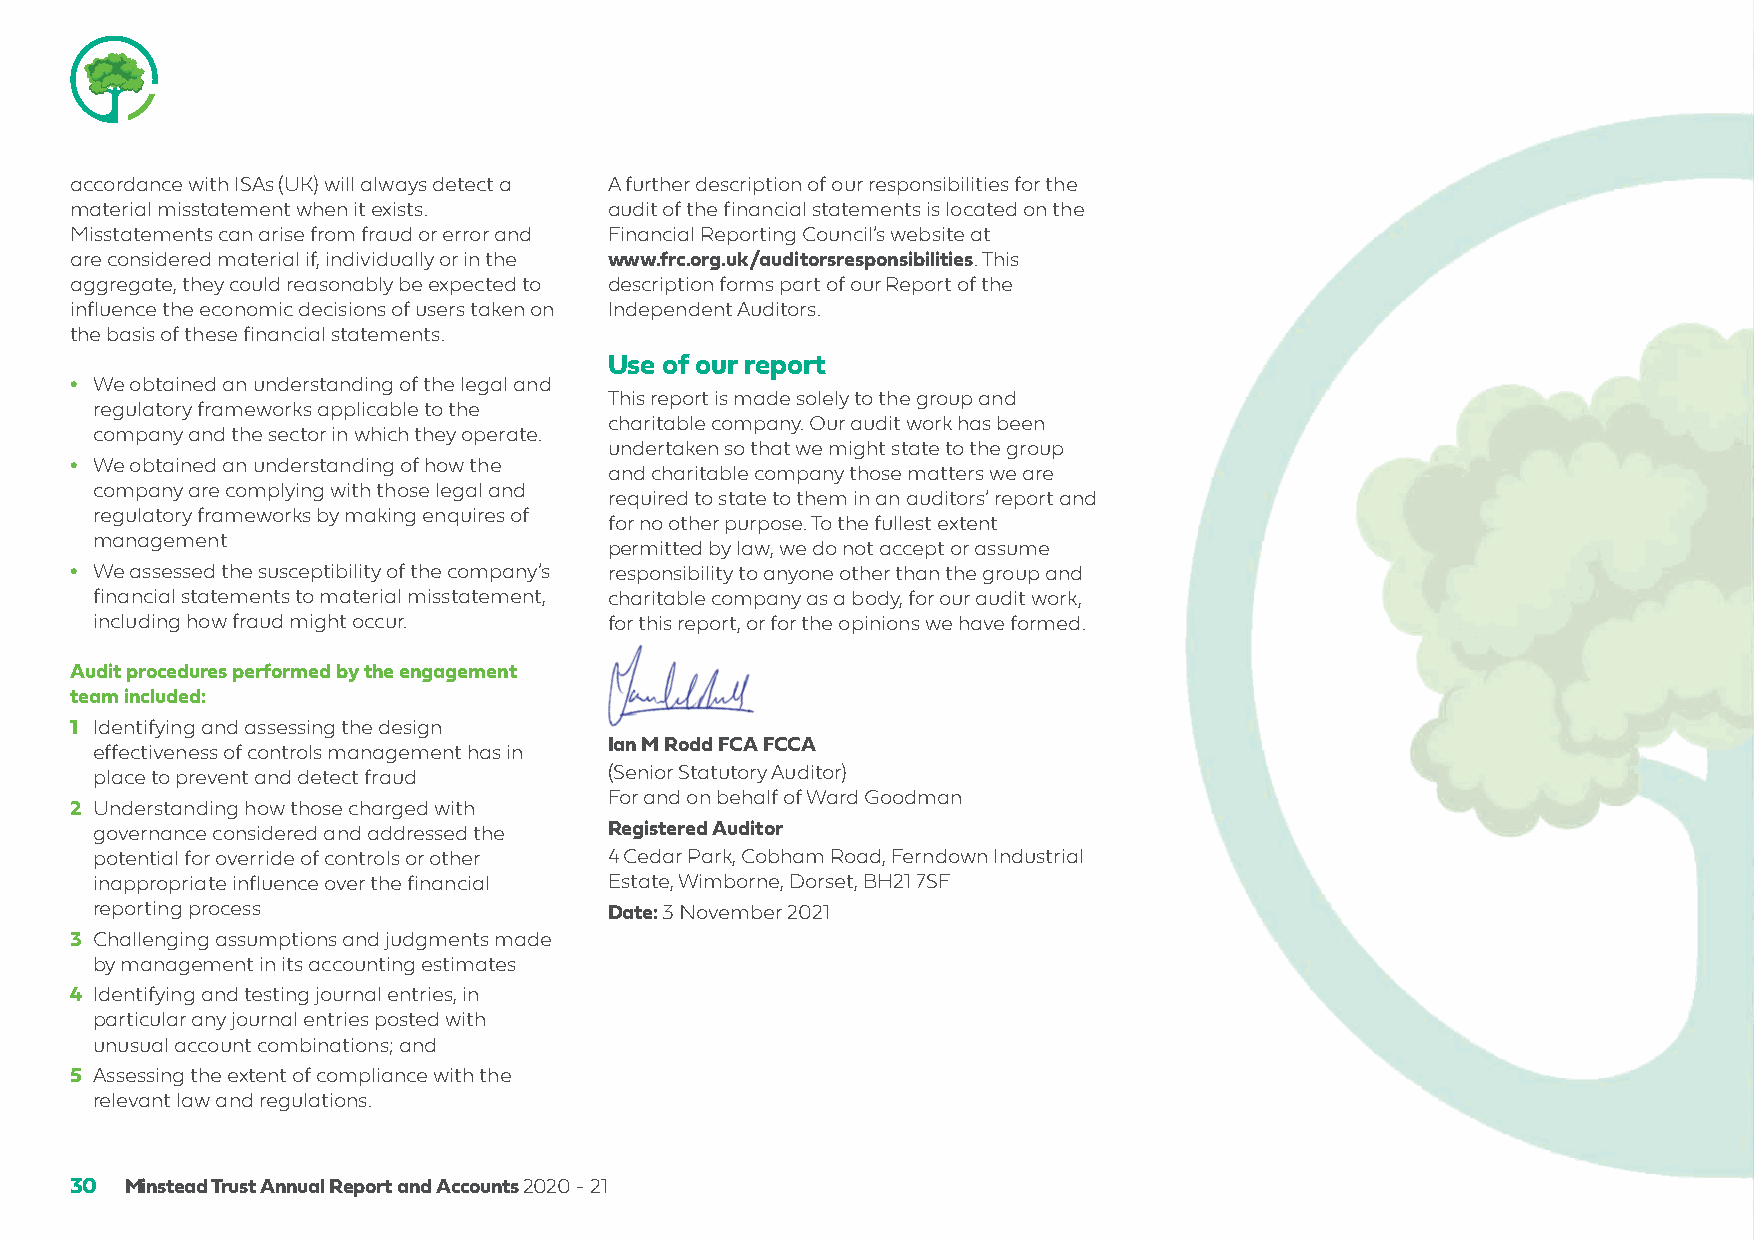
accordance with ISAs (UK) will always detect a A further description of our responsibilities for the
 material misstatement when it exists. audit of the financial statements is located on the
 Misstatements can arise from fraud or error and Financial Reporting Council’s website at
 are considered material if, individually or in the www.frc.org.uk/auditorsresponsibilities. This
 aggregate, they could reasonably be expected to description forms part of our Report of the
 influence the economic decisions of users taken on Independent Auditors.
 the basis of these financial statements.
 Use of our report
 • We obtained an understanding of the legal and
 This report is made solely to the group and
 regulatory frameworks applicable to the
 charitable company. Our audit work has been
 company and the sector in which they operate.
 undertaken so that we might state to the group
 • We obtained an understanding of how the
 and charitable company those matters we are
 company are complying with those legal and
 required to state to them in an auditors’ report and
 regulatory frameworks by making enquires of
 for no other purpose. To the fullest extent
 management
 permitted by law, we do not accept or assume
 • We assessed the susceptibility of the company’s responsibility to anyone other than the group and
 financial statements to material misstatement, charitable company as a body, for our audit work,
 including how fraud might occur.  for this report, or for the opinions we have formed.
 Audit procedures performed by the engagement
 team included:
 1 Identifying and assessing the design
 Ian M Rodd FCA FCCA
 effectiveness of controls management has in
 place to prevent and detect fraud (Senior Statutory Auditor)
 For and on behalf of Ward Goodman
 2 Understanding how those charged with
 governance considered and addressed the Registered Auditor
 potential for override of controls or other 4 Cedar Park, Cobham Road, Ferndown Industrial
 inappropriate influence over the financial Estate, Wimborne, Dorset, BH21 7SF
 reporting process                 Date: 3 November 2021
 3 Challenging assumptions and judgments made
 by management in its accounting estimates
 4 Identifying and testing journal entries, in
 particular any journal entries posted with
 unusual account combinations; and
 5 Assessing the extent of compliance with the
 relevant law and regulations.
 30 Minstead Trust Annual Report and Accounts 2020 - 21